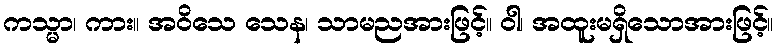
ကသ္မာ၊ ကား။ အဝိသေ သေန၊ သာမညအားဖြင့်။ ဝါ၊ အထူးမရှိသောအားဖြင့်။